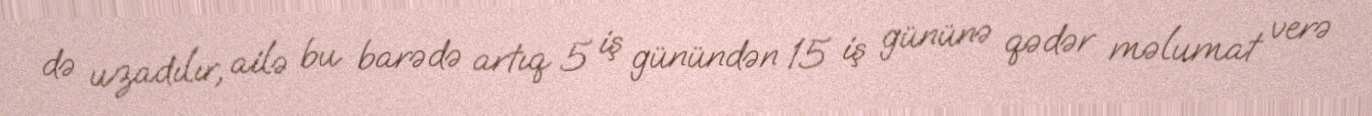
də uzadılır, ailə bu barədə artıq 5 iş günündən 15 iş gününə qədər məlumat verə